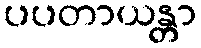
ပပတာယန္တာ